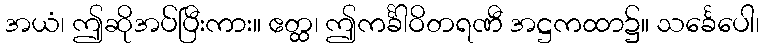
အယံ၊ ဤဆိုအပ်ပြီးကား။ ဧတ္ထ၊ ဤကင်္ခါဝိတရဏီ အဋ္ဌကထာ၌။ သင်္ခေပေါ၊